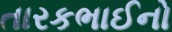
તારકભાઈનો